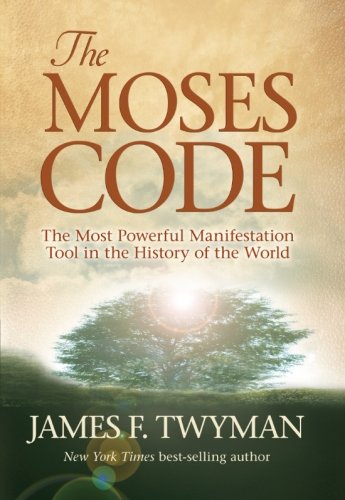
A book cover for The Moses Code: The Most Powerful Manifestation Tool in the History of the World; James F. Twyman; Religion & Spirituality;